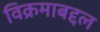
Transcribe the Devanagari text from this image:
विक्रमाबद्दल